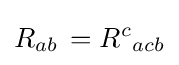
R_{ab}\,=R^{c}{}_{acb}